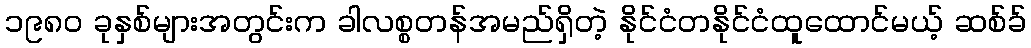
၁၉၈၀ ခုနှစ်များအတွင်းက ခါလစ္စတန်အမည်ရှိတဲ့ နိုင်ငံတနိုင်ငံထူထောင်မယ့် ဆစ်ခ်